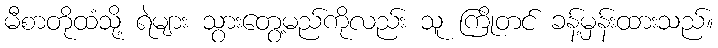
မီစာတိုထံသို့ ရဲများ သွားတွေ့မည်ကိုလည်း သူ ကြိုတင် ခန့်မှန်းထားသည်။